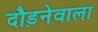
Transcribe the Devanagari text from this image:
दौड़नेवाला